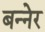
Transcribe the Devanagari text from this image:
बन्नेर